Annual vaccination report of Bihar and Orissa - 1911-1928
Year: 1911
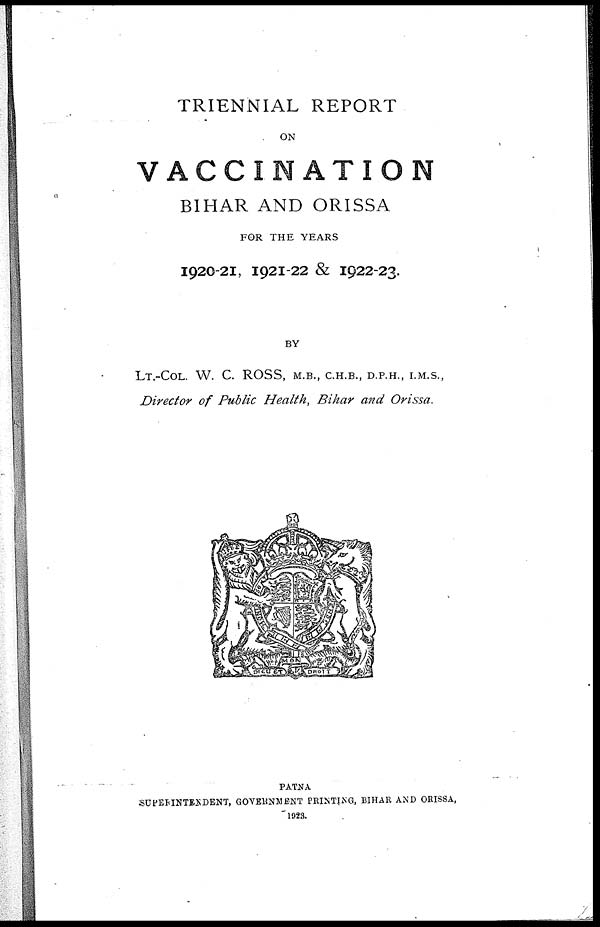
TRIENNIAL REPORT
ON
VACCINATION
BIHAR AND ORISSA
FOR THE YEARS
1920-21, 1921-22 & 1922-23.
BY
LT.-COL. W. C. ROSS, M.B., C.H.B., D.P.H., I.M.S.,
Director of Public Health, Bihar and Orissa.
PATNA
SUPERINTESDENT, GOVERNMENT PRINTING, BIHAR AND ORISSA,
1923.